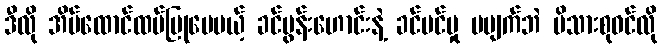
ဒီလို အိမ်ထောင်ထပ်ပြုပေမယ့် ခင်ပွန်းဟောင်းနဲ့ ခင်မင်မှု မပျက်ဘဲ မိသားစုဝင်လို